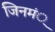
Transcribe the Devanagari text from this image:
जिनमं्